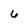
Character: 6